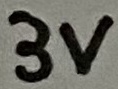
Text: 3V